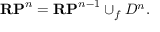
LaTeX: \mathbf { R P } ^ { n } = \mathbf { R P } ^ { n - 1 } \cup _ { f } D ^ { n } .